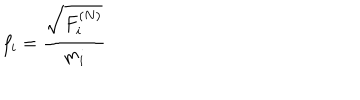
LaTeX: f _ { i } = \frac { \sqrt { F _ { i } ^ { ( N ) } } } { m _ { i } }